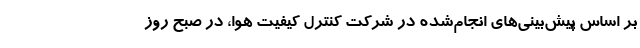
بر اساس پیش‌بینی‌های انجام‌شده در شرکت کنترل کیفیت هوا، در صبح روز